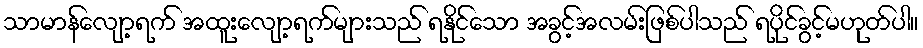
သာမာန်လျော့ရက် အထူးလျော့ရက်များသည် ရနိုင်သော အခွင့်အလမ်းဖြစ်ပါသည် ရပိုင်ခွင့်မဟုတ်ပါ။